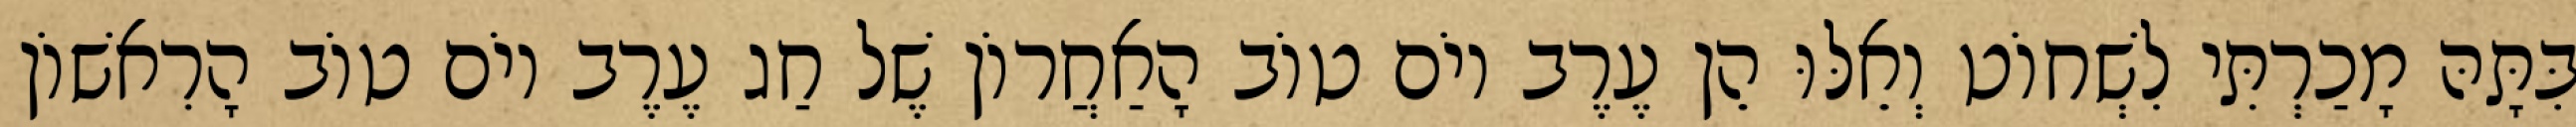
בִּתָּהּ מָכַרְתִּי לִשְׁחוֹט וְאֵלּוּ הֵן עֶרֶב יוֹם טוֹב הָאַחֲרוֹן שֶׁל חַג עֶרֶב יוֹם טוֹב הָרִאשׁוֹן